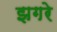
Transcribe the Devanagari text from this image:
झगरे